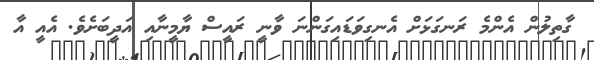
ގާތިލުން އެންމެ ރަނގަޅަށް އެނގިވަޑައިގަންނަ ވާނީ ރައީސް ޔާމީނާއި އަދީބަށެވެ. އެއީ އާ